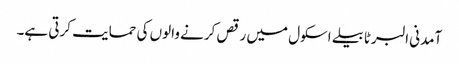
آمدنی البرٹا بیلے اسکول میں رقص کرنے والوں کی حمایت کرتی ہے۔